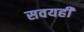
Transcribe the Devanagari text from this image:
सवयही